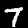
Label: 7